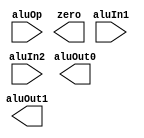
module alu(input [31:0] aluIn1, input [31:0] aluIn2, input [1:0] aluOp, output reg [31:0] aluOut0, output reg [31:0] aluOut1, output reg zero);
    
	// Write your code here
    // out0 corresponds to the lower 32 bits of the result
    // out1 corresponds to the higher 32 bits of the result
	
endmodule